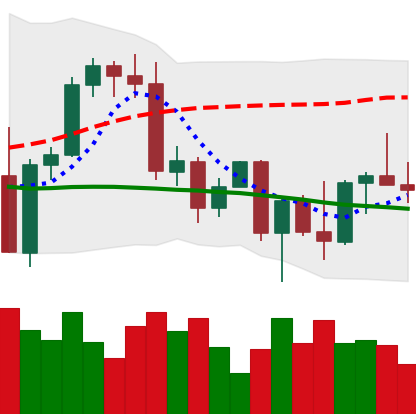
Ticker: BNB-USD
Chart end date: 2022-09-25
Forward return: 3.697%
Label: up_3_5